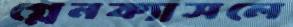
গ্লেনক্যাসলে